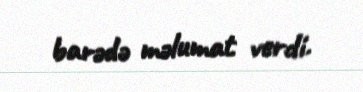
barədə məlumat verdi.